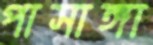
পাসাঙ্গা